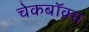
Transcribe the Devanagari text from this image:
चेकबॉक्स